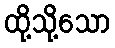
ထို့သို့သော